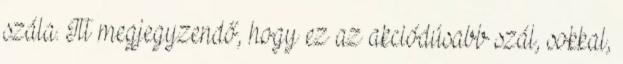
szála. Itt megjegyzendő, hogy ez az akciódúsabb szál, sokkal,